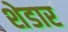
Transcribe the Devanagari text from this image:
शेडार